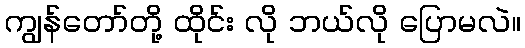
ကျွန်တော်တို့ ထိုင်း လို ဘယ်လို ပြောမလဲ။